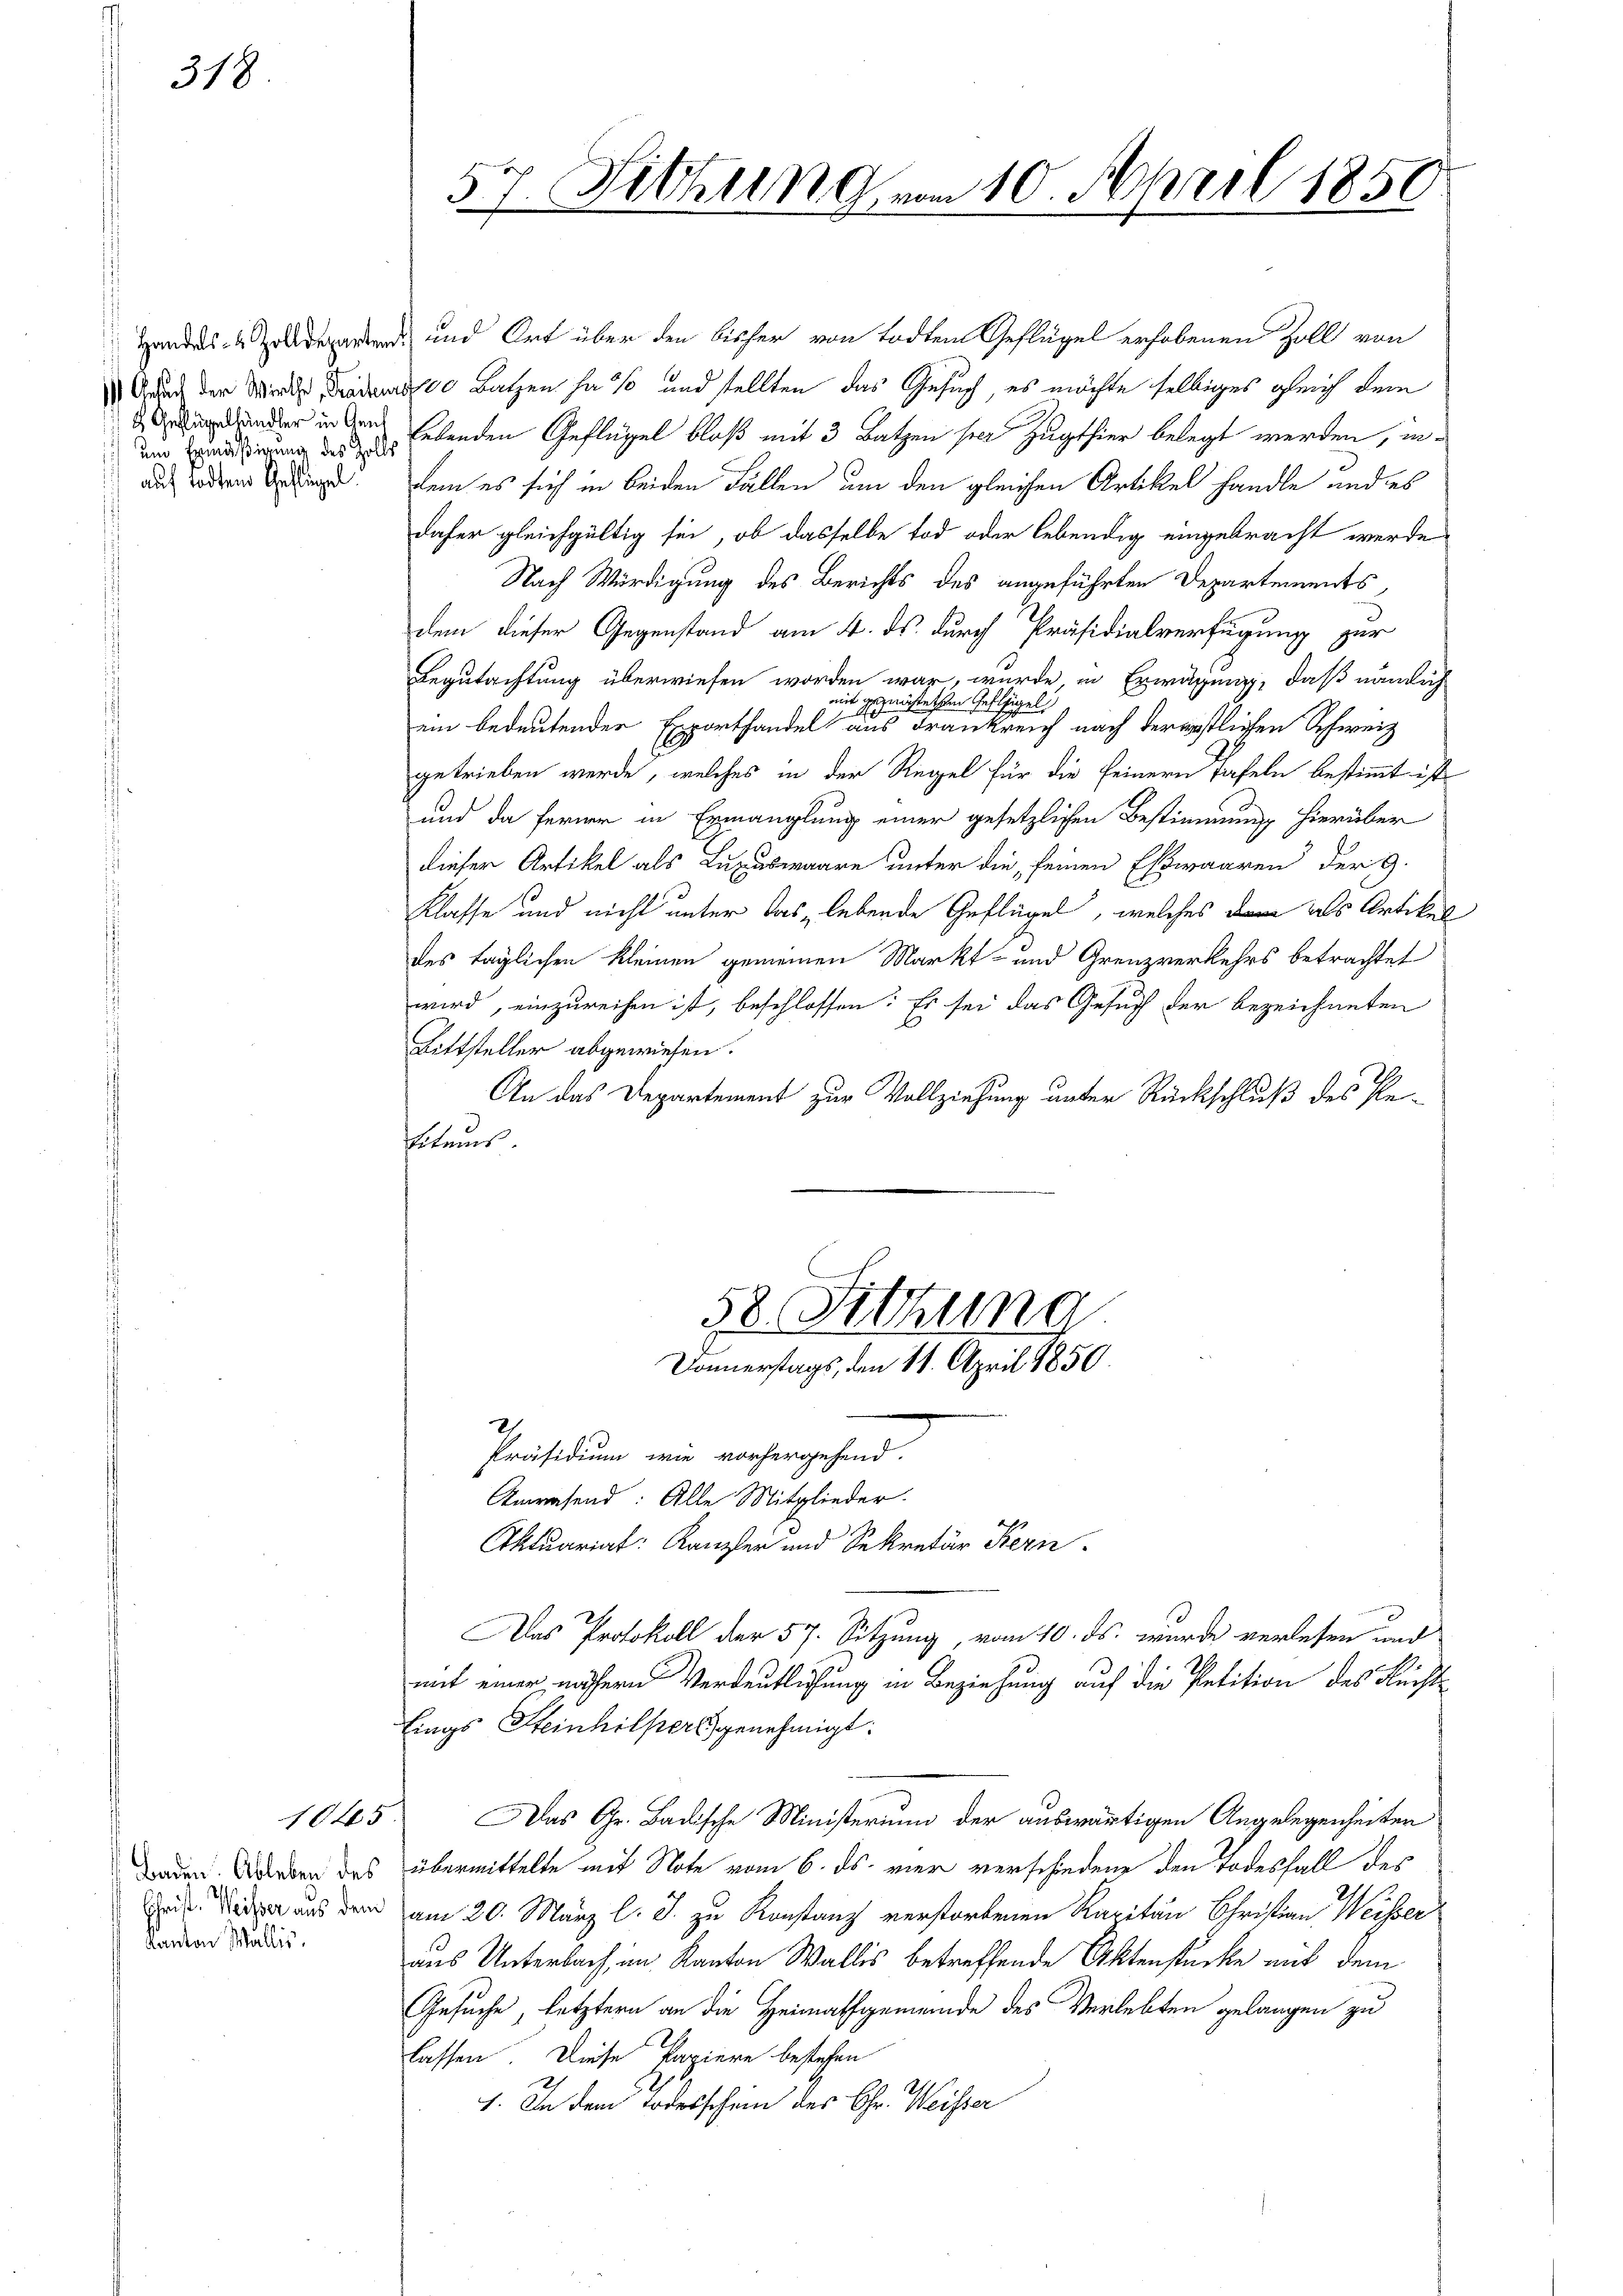
um Ermäßigung des Zolls
auf todten Geflügel

318

Baden. Ableben des
Christ. Weisser aus dem
Kanton Wallis.

1045

Handes- odernd und Ort über den bisher von todten Geflügel erhobenen Zoll von
Aduach der Wird redes Batzen hast und stellten das Gesuch, es möchte selbiges gleich dem
ander in den lebenden Geflügel bloß mit 3 Batzen per Zugthier belegt werden, indem es sich in beiden Fällen um den gleichen Artikel handle und es
daher gleichgültig sei, ob dasselbe tod oder lebendig eingebracht werde
Nach Würdigung des Berichts des angeführten Departements,
dem dieser Gegenstand am 4. ds. durch Präsidialverfügung zur
Begutachtung überwiesen worden war, wurde, in Erwägung, daß nämlich
mit gezwüsteten Geflügel
2
ein bedeutenden Exporthandel aus Frankreich nach verwestlichen Schweiz
getrieben werde, welches in der Regel für die feinern Tafeln bestimmt ist
und da ferner in Ermanglung einer gesetzlichen Bestimmung hierüber
dieser Artikel als Luzubwaare unter die, seinen Esswaaren der 9.
Klasse und nicht unter das lebende Geflügel, welches dann als Artikel
des täglichen kleinen gemeinen Markt- und Grenzverkehrs betrachtet
wird, einzureihen ist, beschlossen: Es sei das Gesuch der bezeichneten
Bittsteller abgewiesen.
An das Departement zur Vollziehung unter Rückschluß des Pe¬
Patruus

57. Sitzung vom 10. April 1856

58. Sitzung
Donnerstags, den 11. April 1850

Präsidium wie vorhergehend.
Anwesend: Alle Mitglieder.
Aktuariat: Kanzler und Sekretär Kern
Das Protokoll der 57. Sitzung, vom 10. ds. wurde verlesen und
mit einer nähern Verdeutlichung in Beziehung auf die Petition des Rechts-
fings Steinhilpers genehmigt.
Das Gr. Badische Ministerium der auswärtigen Angelegenheiten
übermittelte mit Note vom 6. ds. vier verschiedene den Todesfall des
am 20. März l. J. zu Konstanz verstorbenen Kapitän Christian Weisser
aus Unterbach, im Kanton Wallis betreffende Aktenstücke mit dem
Gesuche, letztern an die Heimathgemeinde des Verlebten gelangen zu
lassen Diese Papiere bestehen
1. In dem Todesschein des Chr. Weisser